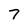
Character: 7